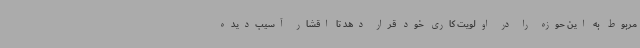
مربوط به این حوزه را در اولویت کاری خود قرار دهد تا اقشار آسیب‌دیده